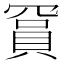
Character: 𬥙